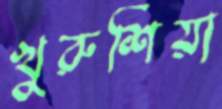
খুরুশিয়া